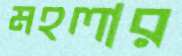
মহলার